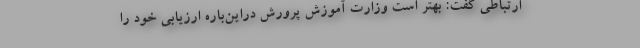
ارتباطی گفت: بهتر است وزارت آموزش پرورش دراین‌باره ارزیابی خود را